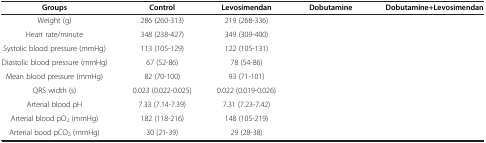
<table><thead><tr><td><b>Groups</b></td><td><b>Control</b></td><td><b>Levosimendan</b></td><td><b>Dobutamine</b></td><td><b>Dobutamine+Levosimendan</b></td></tr></thead><tbody><tr><td>Weight (g)</td><td>286 (260-313)</td><td>219 (268-336)</td><td>[EMPTY_CELL]</td><td>[EMPTY_CELL]</td></tr><tr><td>Heart rate/minute</td><td>348 (238-427)</td><td>349 (309-400)</td><td>[EMPTY_CELL]</td><td>[EMPTY_CELL]</td></tr><tr><td>Systolic blood pressure (mmHg)</td><td>113 (105-129)</td><td>122 (105-131)</td><td>[EMPTY_CELL]</td><td>[EMPTY_CELL]</td></tr><tr><td>Diastolic blood pressure (mmHg)</td><td>67 (52-86)</td><td>78 (54-86)</td><td>[EMPTY_CELL]</td><td>[EMPTY_CELL]</td></tr><tr><td>Mean blood pressure (mmHg)</td><td>82 (70-100)</td><td>93 (71-101)</td><td>[EMPTY_CELL]</td><td>[EMPTY_CELL]</td></tr><tr><td>QRS width (s)</td><td>0.023 (0.022-0.025)</td><td>0.022 (0.019-0.026)</td><td>[EMPTY_CELL]</td><td>[EMPTY_CELL]</td></tr><tr><td>Arterial blood pH</td><td>7.33 (7.14-7.39)</td><td>7.31 (7.23-7.42)</td><td>[EMPTY_CELL]</td><td>[EMPTY_CELL]</td></tr><tr><td>Arterial blood pO<sub>2</sub> (mmHg)</td><td>182 (118-216)</td><td>148 (105-219)</td><td>[EMPTY_CELL]</td><td>[EMPTY_CELL]</td></tr><tr><td>Arterial bood pCO<sub>2</sub> (mmHg)</td><td>30 (21-39)</td><td>29 (28-38)</td><td>[EMPTY_CELL]</td><td>[EMPTY_CELL]</td></tr></tbody></table>